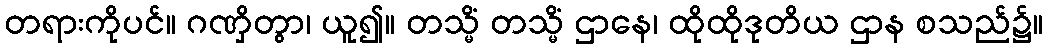
တရားကိုပင်။ ဂဏှိတွာ၊ ယူ၍။ တသ္မိံ တသ္မိံ ဌာနေ၊ ထိုထိုဒုတိယ ဌာန စသည်၌။